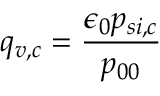
q _ { v , c } = \frac { \epsilon _ { 0 } p _ { s i , c } } { p _ { 0 0 } }